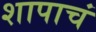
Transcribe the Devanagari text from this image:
शापाचं